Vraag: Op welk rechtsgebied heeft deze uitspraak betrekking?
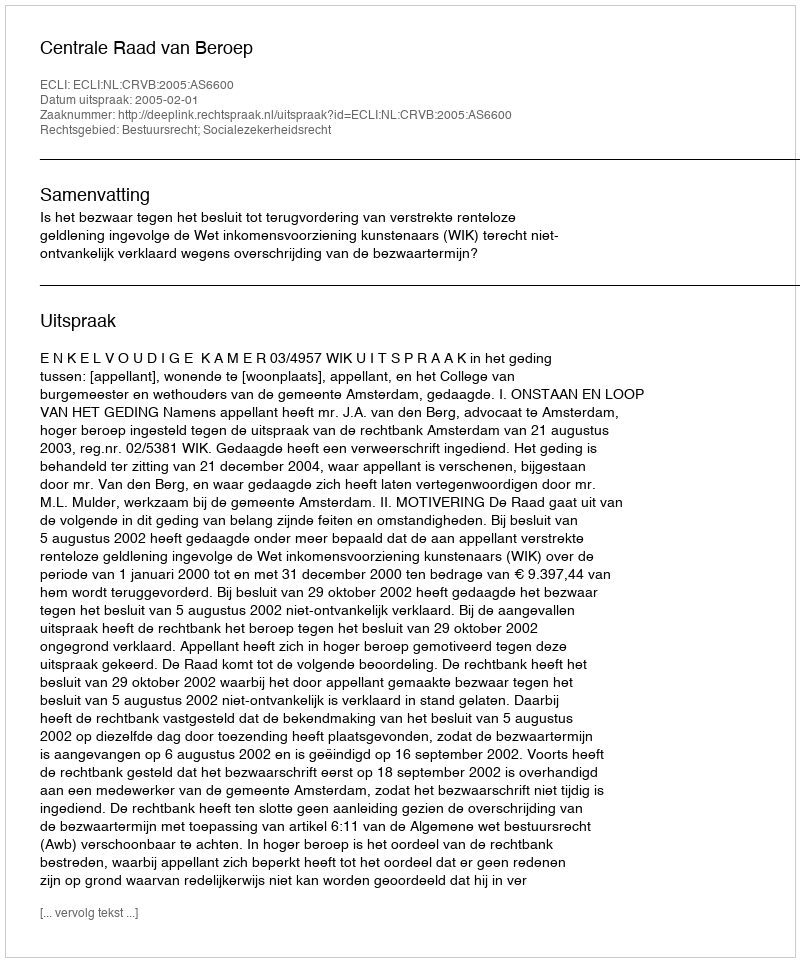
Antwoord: Bestuursrecht; Socialezekerheidsrecht